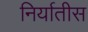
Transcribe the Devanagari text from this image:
निर्यातीस